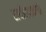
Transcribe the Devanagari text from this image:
राघोबादादांनी